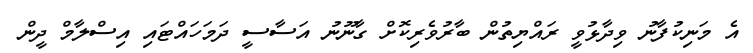
އެ މަނިކުފާނު ވިދާޅުވީ ރައްޔިތުން ބާރުވެރިކޮށް ގާނޫނު އަސާސީ ދަމަހައްޓައި އިސްލާމް ދީން